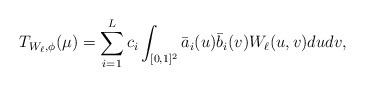
\begin{align*}T_{W_\ell,\phi}(\mu)=\sum_{i=1}^L c_i \int_{[0,1]^2}\bar a_i(u)\bar b_i(v)W_\ell(u,v) dudv,\end{align*}